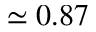
\simeq 0 . 8 7